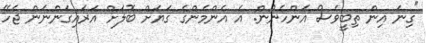
"ގިނަ އިން ތިބީވެސް އަންހެނުން. އެ އެންމެންގެ ގަޔަށް ބޮލަށް އަރައިގަންނަން ޖެހޭ